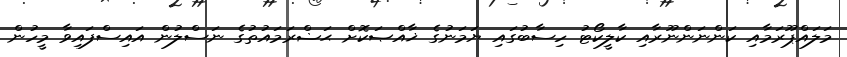
މަލައްޕޫރަމާއި ކަންނަންނޫރާއި ކާލީކޯޓު ހިސާބުގައި ޔަމަނުގެ ޚާއްޞަކޮށް ޙަޟްރަމައުތުގެ ނަސްލުން އައިސްފައިވާ މީހުން